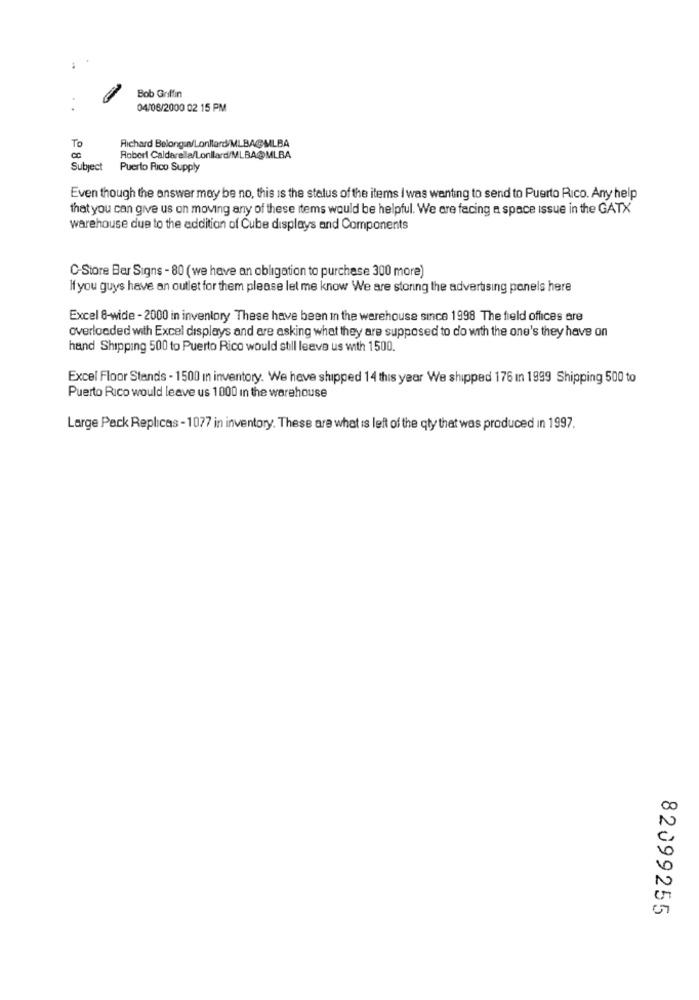
Bob Griffin
04/08/2000 02 15 PM
To
Richard Belong a/Lonltard/MLBAGMLBA
Robert Caldarella/Lonllard/MLBA@MLBA
Subject
Puerto Rico Supply
Even though the answer may be no, this is the status of the items I was wanting to send to Puerto Rico. Any help
that you can give us on moving any of these items would be helpful. We are facing a space issue in the GATX
warehouse due to the addition of Cube displays and Components
C-Store Bar Signs - 80 (we have an obligation to purchase 300 more)
If you guys have an outlet for them please let me know We are storing the advertising panels here
Excel 8-wide - 2000 in inventory These have been in the warehouse since 1998 The field offices are
overloaded with Excel displays and are asking what they are supposed to do with the one's they have on
hand Shipping 500 to Puerto Rico would still leave us with 1500.
Excel Floor Stands - 1500 in inventory. We have shipped 14 this year We shipped 176 in 1999 Shipping 500 to
Puerto Rico would leave us 1000 In the warehouse
Large Pack Replicas - 1077 in inventory. These are what is left of the qty that was produced in 1997.
82099255